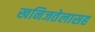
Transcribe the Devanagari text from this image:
खनिजतेलासह